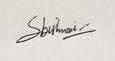
Signature authenticity: genuine